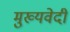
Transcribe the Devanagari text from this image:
मुख्यवेदी